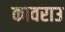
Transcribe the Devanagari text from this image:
कावराउ